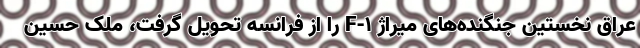
عراق نخستین جنگنده‌های میراژ F-1 را از فرانسه تحویل گرفت، ملک حسین